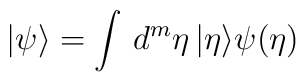
|\psi\rangle=\int\,d^{m}\eta\,|\eta\rangle\psi(\eta)